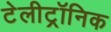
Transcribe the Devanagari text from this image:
टेलीट्रॉनिक